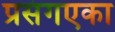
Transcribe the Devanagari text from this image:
प्रसंगएका